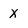
Character: x